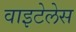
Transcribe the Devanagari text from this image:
वाइटेलेस